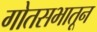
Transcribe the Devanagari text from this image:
गोतसभातून